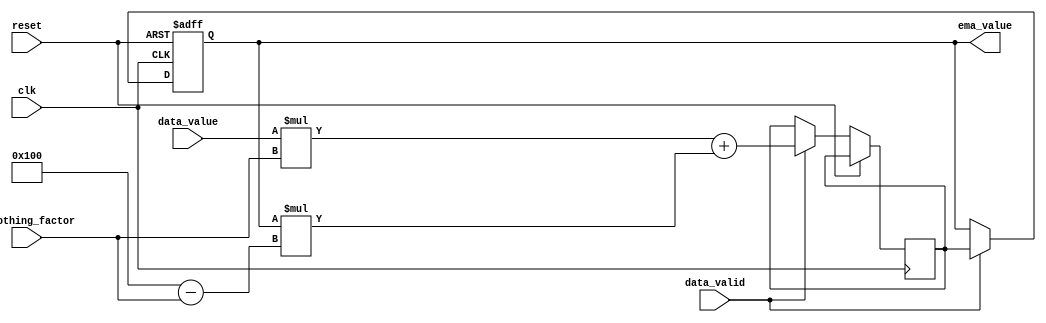
module ema_accumulator (
    input wire clk,
    input wire reset,
    input wire data_valid,
    input wire signed [15:0] data_value,
    input wire signed [7:0] smoothing_factor,
    output reg signed [15:0] ema_value
);

reg signed [15:0] ema_temp;

always @(posedge clk or posedge reset) begin
    if (reset) begin
        ema_value <= 0;
    end else if (data_valid) begin
        ema_temp <= (data_value * smoothing_factor) + (ema_value * (256 - smoothing_factor));
        ema_value <= ema_temp;
    end
end

endmodule